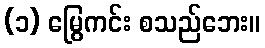
(၁) မြွေကင်း စသည်ဘေး။